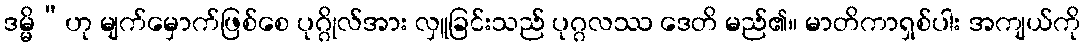
ဒမ္မိ”ဟု မျက်မှောက်ဖြစ်စေ ပုဂ္ဂိုလ်အား လှူခြင်းသည် ပုဂ္ဂလဿ ဒေတိ မည်၏။ မာတိကာရှစ်ပါး အကျယ်ကို